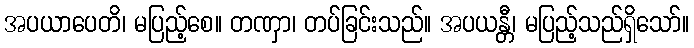
အပယာပေတိ၊ မပြည့်စေ။ တဏှာ၊ တပ်ခြင်းသည်။ အပယန္တီ၊ မပြည့်သည်ရှိသော်။